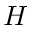
{ \cal H }